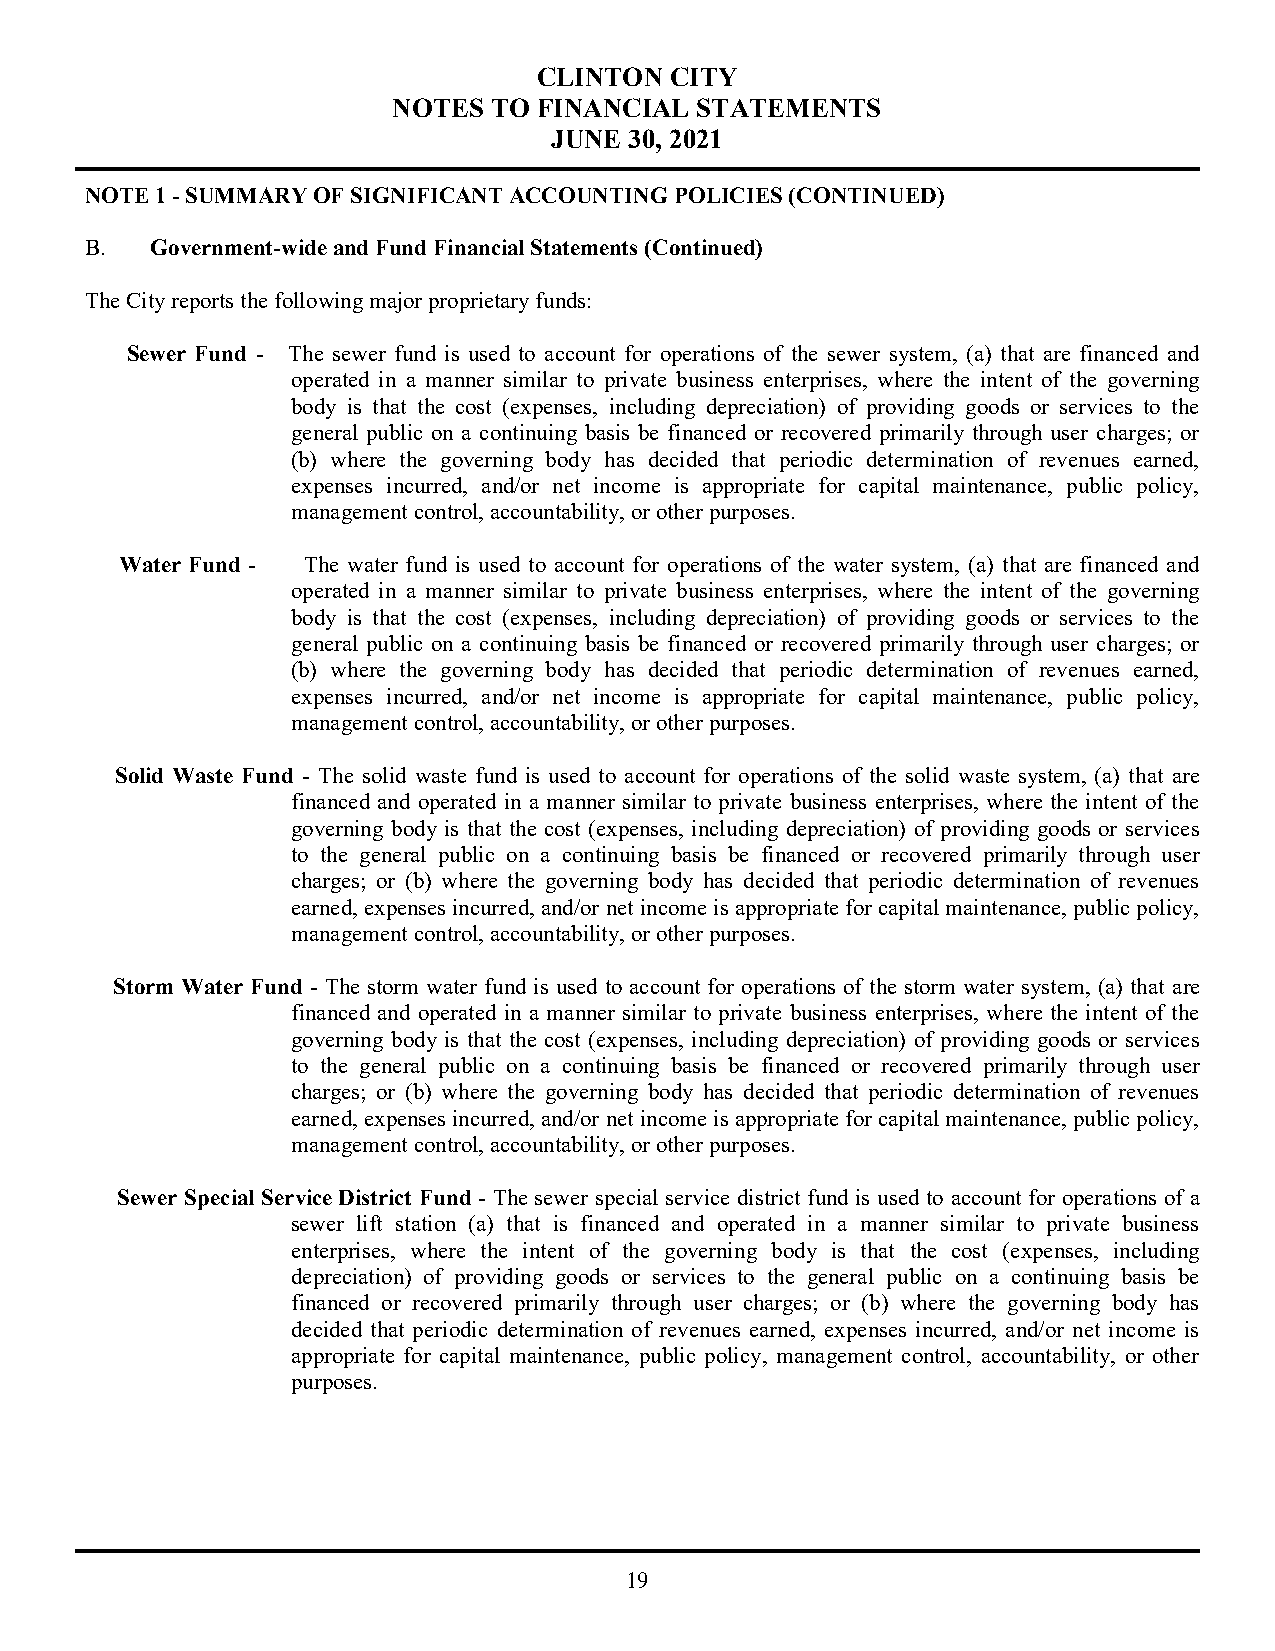
CLINTON CITY
 NOTES TO  FINANCIAL STATEMENTS
 JUNE  30, 2021
 NOTE 1 - SUMMARY OF SIGNIFICANT ACCOUNTING POLICIES (CONTINUED)
 B.  Government-wide and Fund Financial Statements (Continued)
 The City reports the following major proprietary funds:
 Sewer Fund - The sewer fund is used to account for operations of the sewer system, (a) that are financed and
 operated in a manner similar to private business enterprises, where the intent of the governing
 body is that the cost (expenses, including depreciation) of providing goods or services to the
 general public on a continuing basis be financed or recovered primarily through user charges; or
 (b) where the governing body has decided that periodic determination of revenues earned,
 expenses incurred, and/or net income is appropriate for capital maintenance, public policy,
 management control, accountability, or other purposes.
 Water Fund - The water fund is used to account for operations of the water system, (a) that are financed and
 operated in a manner similar to private business enterprises, where the intent of the governing
 body is that the cost (expenses, including depreciation) of providing goods or services to the
 general public on a continuing basis be financed or recovered primarily through user charges; or
 (b) where the governing body has decided that periodic determination of revenues earned,
 expenses incurred, and/or net income is appropriate for capital maintenance, public policy,
 management control, accountability, or other purposes.
 Solid Waste Fund - The solid waste fund is used to account for operations of the solid waste system, (a) that are
 financed and operated in a manner similar to private business enterprises, where the intent of the
 governing body is that the cost (expenses, including depreciation) of providing goods or services
 to the general public on a continuing basis be financed or recovered primarily through user
 charges; or (b) where the governing body has decided that periodic determination of revenues
 earned, expenses incurred, and/or net income is appropriate for capital maintenance, public policy,
 management control, accountability, or other purposes.
 Storm Water Fund - The storm water fund is used to account for operations of the storm water system, (a) that are
 financed and operated in a manner similar to private business enterprises, where the intent of the
 governing body is that the cost (expenses, including depreciation) of providing goods or services
 to the general public on a continuing basis be financed or recovered primarily through user
 charges; or (b) where the governing body has decided that periodic determination of revenues
 earned, expenses incurred, and/or net income is appropriate for capital maintenance, public policy,
 management control, accountability, or other purposes.
 Sewer Special Service District Fund - The sewer special service district fund is used to account for operations of a
 sewer lift station (a) that is financed and operated in a manner similar to private business
 enterprises, where the intent of the governing body is that the cost (expenses, including
 depreciation) of providing goods or services to the general public on a continuing basis be
 financed or recovered primarily through user charges; or (b) where the governing body has
 decided that periodic determination of revenues earned, expenses incurred, and/or net income is
 appropriate for capital maintenance, public policy, management control, accountability, or other
 purposes.
 19